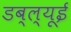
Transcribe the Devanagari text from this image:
डब्ल्यूई